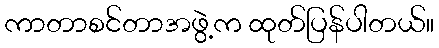
ကာတာစင်တာအဖွဲ့က ထုတ်ပြန်ပါတယ်။